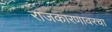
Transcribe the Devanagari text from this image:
राजकारणावरचा